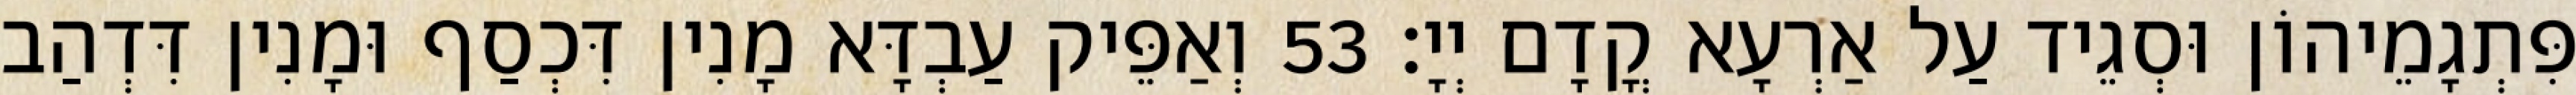
פִּתְגָמֵיהוֹן וּסְגֵיד עַל אַרְעָא קֳדָם יְיָ׃ 53 וְאַפֵּיק עַבְדָּא מָנִין דִּכְסַף וּמָנִין דִּדְהַב